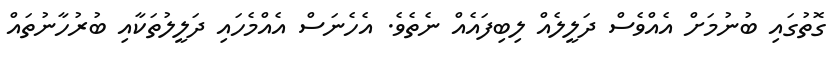
ގޮތުގައި ބުނުމަށް އެއްވެސް ދަލީލެއް ލިބިފައެއް ނެތެވެ. އެހެނަސް އެއްމެހައި ދަލީލުތަކާއި ބުރުހާނުތައް